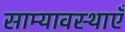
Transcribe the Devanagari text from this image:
साम्यावस्थाएँ